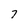
Character: 7